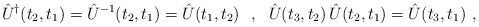
\begin{align*}\hat{U}^\dagger(t_2,t_1)=\hat{U}^{-1}(t_2,t_1)=\hat{U}(t_1,t_2)\ \ ,\ \ \hat{U}(t_3,t_2)\,\hat{U}(t_2,t_1)=\hat{U}(t_3,t_1)\ ,\end{align*}